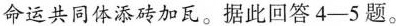
命运共同体添砖加瓦。据此回答4-5题。